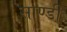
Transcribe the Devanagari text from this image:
साण्डी